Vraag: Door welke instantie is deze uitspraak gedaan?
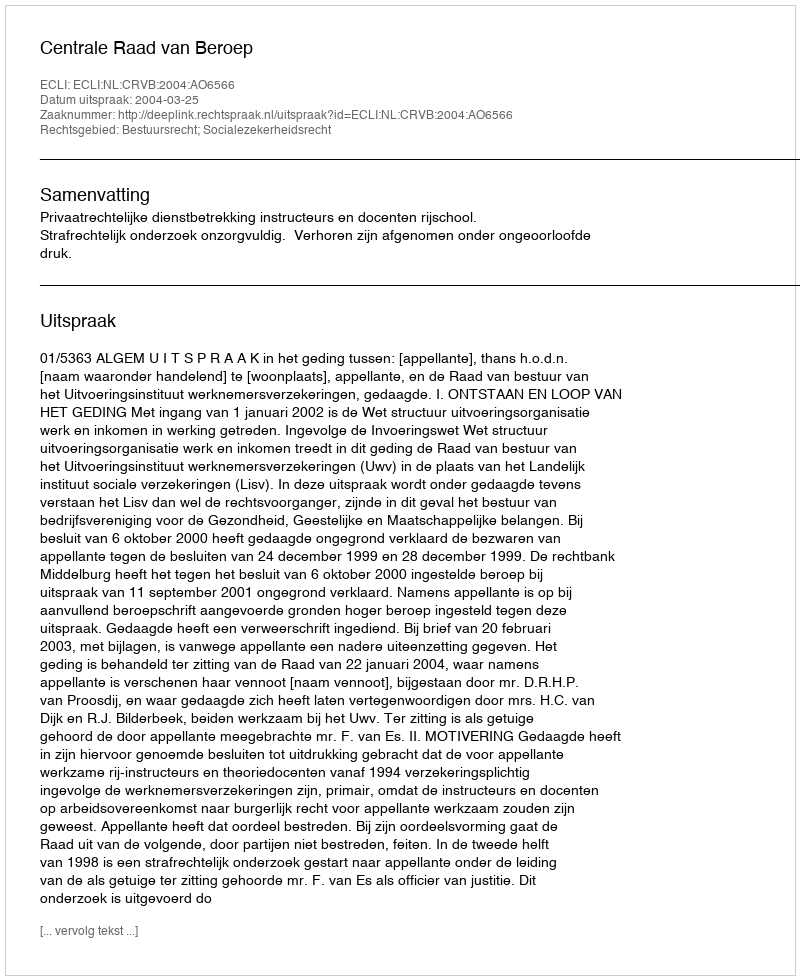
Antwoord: Centrale Raad van Beroep